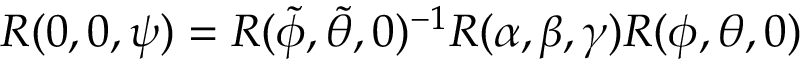
R ( 0 , 0 , \psi ) = R ( \tilde { \phi } , \tilde { \theta } , 0 ) ^ { - 1 } R ( \alpha , \beta , \gamma ) R ( \phi , \theta , 0 )